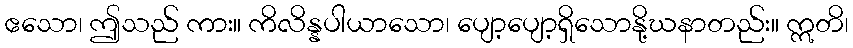
ဧသော၊ ဤသည် ကား။ ကိလိန္နပါယာသော၊ ပျော့ပျော့ရှိသောနို့ဃနာတည်း။ ဣတိ၊